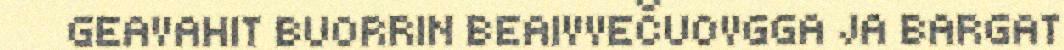
GEAVAHIT BUORRIN BEAIVVEČUOVGGA JA BARGAT